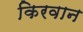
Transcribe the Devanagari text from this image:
किरवान